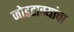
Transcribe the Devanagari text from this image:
जोडटाक्यांचा